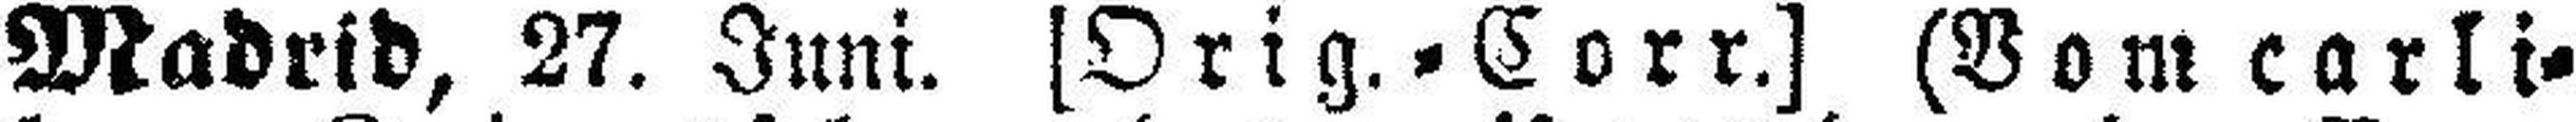
Madrid, 27. Juni. [Orig.=Corr.] (Vom carli¬